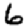
Digit: 6